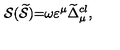
\mathcal { S } ( \widetilde { \mathcal { S } } ) \mathcal { = } \omega \varepsilon ^ { \mu } \widetilde { \Delta } _ { \mu } ^ { c l } ,